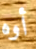
أوه